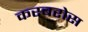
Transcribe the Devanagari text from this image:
करबरोस